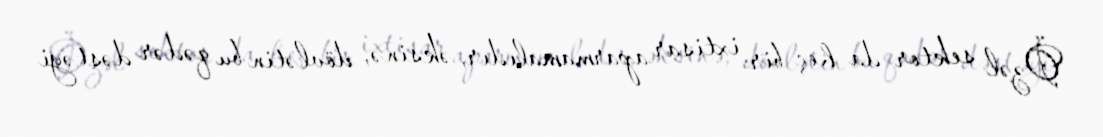
Özəl sektor da heç bir ixtisar aparmamalıdır, əksinə, dövlətin bu qədər dəstəyi